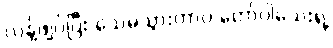
လန့်ဖျပ်ပြီး သေမသွားတာပဲ တော်ပါသေးရဲ့